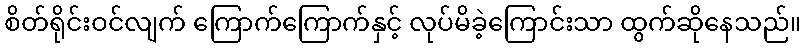
စိတ်ရိုင်းဝင်လျက် ကြောက်ကြောက်နှင့် လုပ်မိခဲ့ကြောင်းသာ ထွက်ဆိုနေသည်။